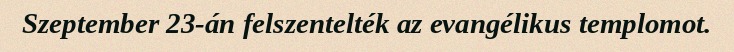
Szeptember 23-án felszentelték az evangélikus templomot.